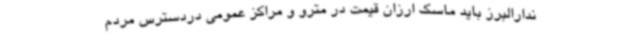
ندارالبرز باید ماسک ارزان قیمت در مترو و مراکز عمومی دردسترس مردم